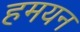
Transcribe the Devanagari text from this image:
हमयन